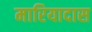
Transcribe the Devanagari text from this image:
मारियादास